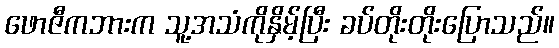
ဖောဇီကဘားက သူ့အသံကိုနှိမ့်ပြီး ခပ်တိုးတိုးပြောသည်။